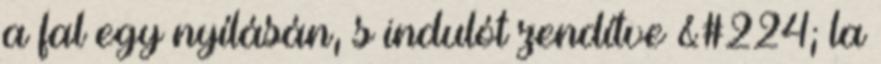
a fal egy nyílásán, s indulót zendítve &#224; la